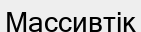
Массивтік